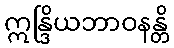
ဣန္ဒြိယဘာဝနန္တိ